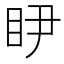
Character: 𭾥